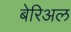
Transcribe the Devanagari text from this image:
बेरिअल